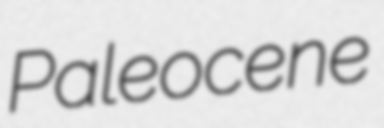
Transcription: Paleocene